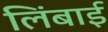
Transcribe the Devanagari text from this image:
लिंबाई